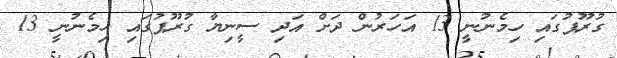
ގުރޫޕުގައި ހިމެނުނީ 13 އަހަރުން ދަށް އަދި ސީނިޔާ ގުރޫޕުގައި ހިމެނުނީ 13